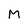
Character: M